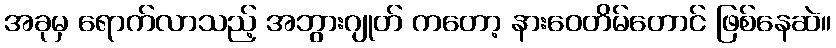
အခုမှ ရောက်လာသည့် အဘွားဂျုတ် ကတော့ နားဝေတိမ်တောင် ဖြစ်နေဆဲ။